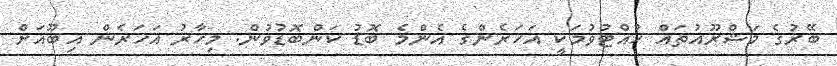
ބޭރުގެ މަޝްރޫއުތައް ހުއްޓުވުމަކީ އަހަރެންގެ އެންމެ ބޮޑު ކަންބޮޑުވުން. މިހާރު އަހަރެން އިބޫއަށް